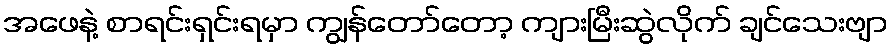
အဖေနဲ့ စာရင်းရှင်းရမှာ ကျွန်တော်တော့ ကျားမြီးဆွဲလိုက် ချင်သေးဗျာ